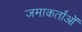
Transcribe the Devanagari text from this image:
जमाकर्तांओं